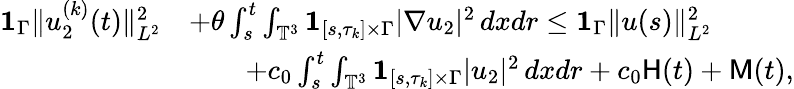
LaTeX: \begin{array}{rl}{{{\mathbf 1}}_{\Gamma}\| u_{2}^{(k)}(t)\| _{L^{2}}^{2}}&{+\theta\int_{s}^{t}\int_{\mathbb{T}^{3}}{{\mathbf 1}}_{[s,\tau_{k}]\times\Gamma}|\nabla u_{2}|^{2}\, dxdr\leq{{\mathbf 1}}_{\Gamma}\| u(s)\| _{L^{2}}^{2}}\\ &{\qquad+c_{0}\int_{s}^{t}\int_{\mathbb{T}^{3}}{{\mathbf 1}}_{[s,\tau_{k}]\times\Gamma}|u_{2}|^{2}\, dxdr+c_{0}\mathsf{H}(t)+\mathsf{M}(t),}\end{array}